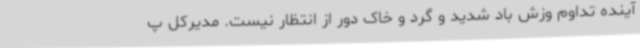
آینده تداوم وزش باد شدید و گرد و خاک دور از انتظار نیست. مدیرکل پ